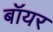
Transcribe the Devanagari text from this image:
बॉयर